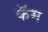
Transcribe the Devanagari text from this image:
कॅम